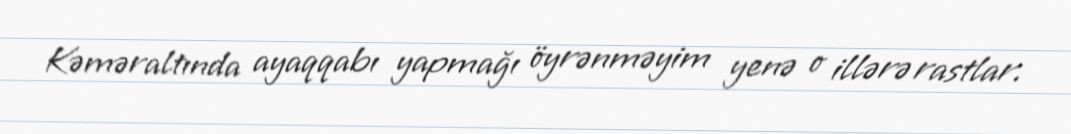
Kəməraltında ayaqqabı yapmağı öyrənməyim yenə o illərə rastlar.